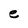
Character: e